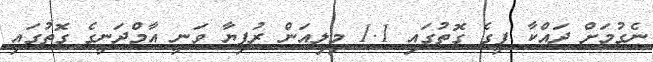
ނެގުމަށް ދައްކާ ފީގެ ގޮތުގައި 1.1 މިލިއަން ރުފިޔާ ވަނީ އާމްދަނީގެ ގޮތުގައި